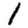
Digit: 1